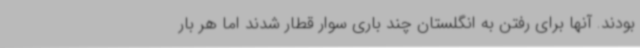
بودند. آنها برای رفتن به انگلستان چند باری سوار قطار شدند اما هر بار